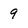
Character: 9